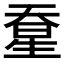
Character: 𰋭